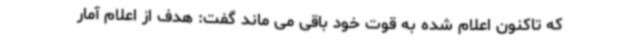
که تاکنون اعلام شده به قوت خود باقی می ماند گفت: هدف از اعلام آمار